Indian journal of veterinary science and animal husbandry - Volume 12,
Year: 1942
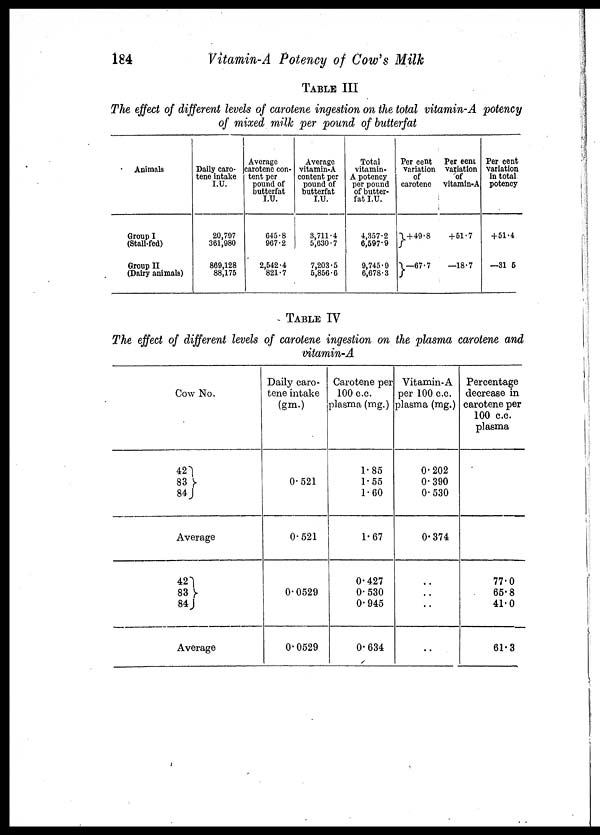
184
Vitamin-A Potency of Cow's Milk
TABLE III
The effect of different levels of carotene ingestion on the total vitamin-A potency
of mixed milk per pound of butterfat
Animals
Group I
(Stall-fed)
Group II
(Dairy animals)
Daily caro-
tene intake
I.U.
20,797
361,980
869,128
88,175
Average
carotene con-
tent per
pound of
butterfat
I.U.
645.8
967.2
2,542.4
821.7
Average
vitamin-A
content per
pound of
butterfat
I.U.
3,711.4
5,630.7
7,203.5
5,856.6
Total
vitamin-
A potency
per pound
of butter-
fat I.U.
4,357.2
6,597.9
9,745.9
6,678.3
Per cent
variation
of
carotene
} + 49.8
}—67.7
Per cent
variation
of
vitamin-A
+ 51.7
—18.7
Per cent
variation
in total
potency
+ 51.4
—31 5
TABLE IV
The effect of different levels of carotene ingestion on the plasma carotene and
vitamin-A
Cow No.
42
83 }
84
Average
42
83 }
84
Average
Daily caro-
tene intake
(gm.)
0.521
0.521
0.0529
0.0529
Carotene per
100 c.c.
plasma (mg.)
1.85
1.55
1.60
1.67
0.427
0.530
0.945
0.634
Vitamin-A
per 100 c.c.
plasma (mg.)
0.202
0.390
0.530
0.374
..
..
..
..
Percentage
decrease in
carotene per
100 c.c.
plasma
77.0
65.8
41.0
61.3